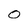
Character: 0